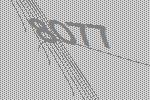
8077